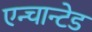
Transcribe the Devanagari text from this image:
एन्चान्टेड